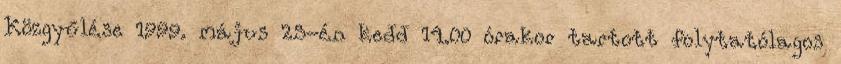
Közgyűlése 1999. május 25-én kedd 14.00 órakor tartott folytatólagos